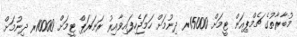
މުބާރާތުގެ ޗެމްޕިއަން ޓީމަށް 15000ރ ދިނުމަށް ހަމަޖެހިފައިވާއިރު ރަނަރަޕް ޓީމަށް 10000ރ ދިނުމަށް